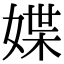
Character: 媟